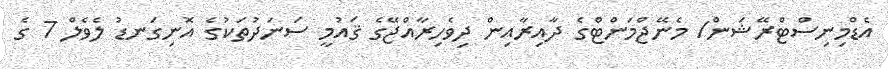
އެޑްމިނިސްޓްރޭޝަން/ މެނޭޖްމަންޓްގެ ދާއިރާއިން ދިވެހިރާއްޖޭގެ ޤައުމީ ސަނަދުތަކުގެ އޮނިގަނޑު ލެވެލް 7 ގެ